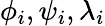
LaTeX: \phi_{i},\psi_{i},\lambda_{i}